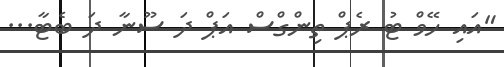
"އައި ހޭވް ޓު ރެޕް ތިންގްސް އަޕް ދަ ސޫނާ ދަ ބެޓާ...